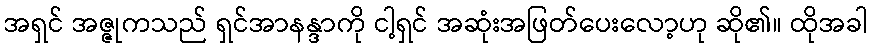
အရှင် အဇ္ဇုကသည် ရှင်အာနန္ဒာကို ငါ့ရှင် အဆုံးအဖြတ်ပေးလော့ဟု ဆို၏။ ထိုအခါ